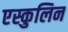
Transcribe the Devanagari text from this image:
एस्कुलिन